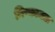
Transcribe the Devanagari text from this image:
निष्कामता